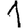
Digit: 1